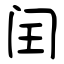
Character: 闰